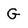
Character: G